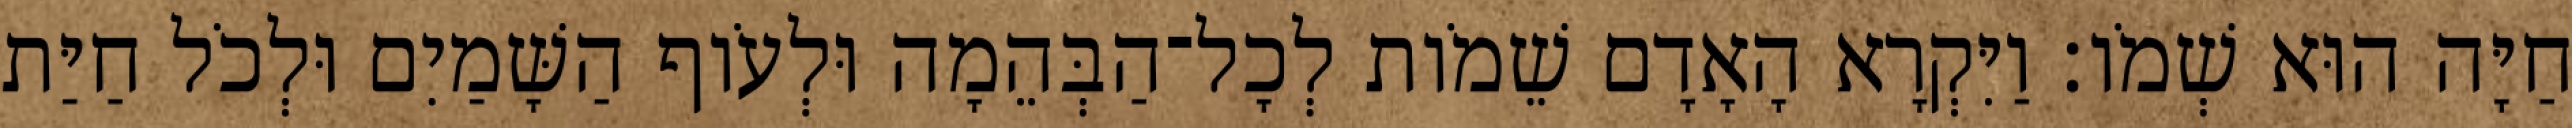
חַיָּה הוּא שְׁמֹו׃ וַיִּקְרָא הָאָדָם שֵׁמֹות לְכָל־הַבְּהֵמָה וּלְעֹוף הַשָּׁמַיִם וּלְכֹל חַיַּת